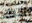
شتاء